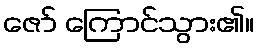
ဇော် ကြောင်သွား၏။